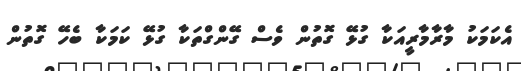
އެކަމަކު މާރާމާރީއަކާ ގުޅޭ ގޮތުން ވެސް ގޭންގްތަކާ ގުޅޭ ކަމަކާ ބެހޭ ގޮތުން